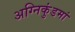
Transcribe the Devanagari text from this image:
अग्निकुंडमां